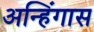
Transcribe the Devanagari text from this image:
अन्हिंगास